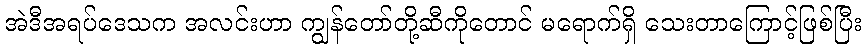
အဲဒီအရပ်ဒေသက အလင်းဟာ ကျွန်တော်တို့ဆီကိုတောင် မရောက်ရှိ သေးတာကြောင့်ဖြစ်ပြီး